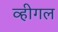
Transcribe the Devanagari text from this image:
व्हीगल